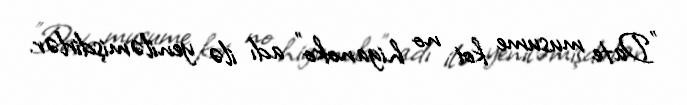
"Date musume koi no higanoko" adı ilə yeniləmişdirlər.